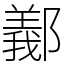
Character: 䣡